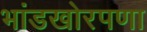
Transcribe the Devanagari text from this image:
भांडखोरपणा